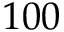
1 0 0